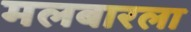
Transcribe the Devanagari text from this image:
मलबारला